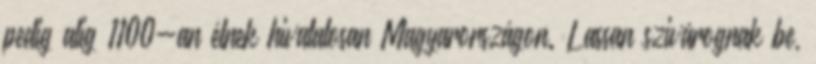
pedig alig 1100-an élnek hivatalosan Magyarországon. Lassan szivárognak be,